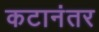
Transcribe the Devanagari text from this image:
कटानंतर